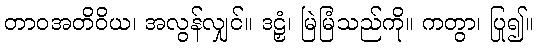
တာဝအတိဝိယ၊ အလွန်လျှင်။ ဒဠှံ၊ မြဲမြံသည်ကို။ ကတွာ၊ ပြု၍။